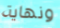
ونهاية